Indian journal of veterinary science and animal husbandry - Volumes 15-17, 1948-1951
Year: 1948
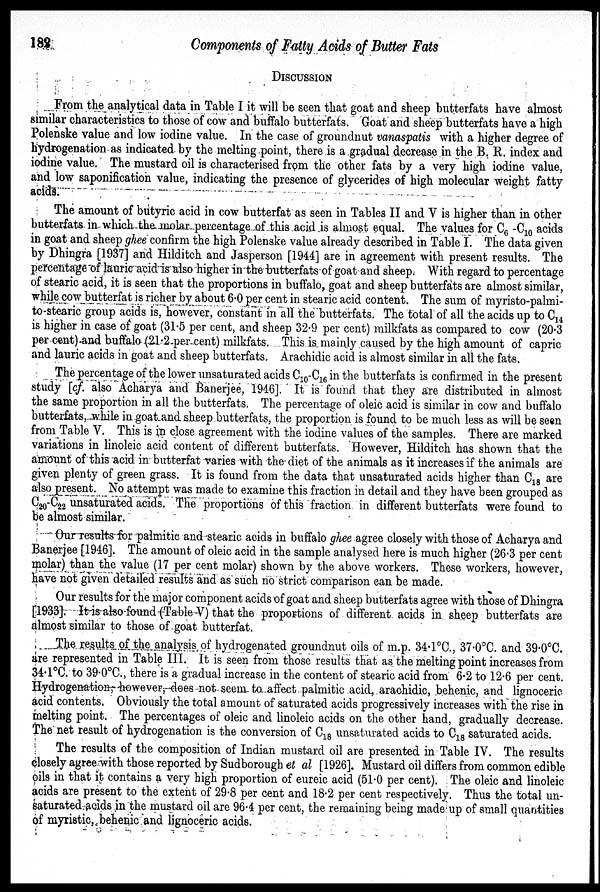
182
Components of Fatty Acids of Butter Fats
DISCUSSION
From the analytical data in Table I it will be seen that goat and sheep butterfats have almost
similar characteristics to those of cow and buffalo butterfats. Goat and sheep butterfats have a high
Polenske value and low iodine value. In the case of groundnut vanaspatis with a higher degree of
hydrogenation as indicated by the melting point, there is a gradual decrease in the B. R. index and
iodine value. The mustard oil is characterised from the other fats by a very high iodine value,
and low saponification value, indicating the presence of glycerides of high molecular weight fatty
acids.
The amount of butyric acid in cow butterfat as seen in Tables II and V is higher than in other
butterfats in which the molar percentage of this acid is almost equal. The values for C 6 C 10 acids
in goat and sheep ghee confirm the high Polenske value already described in Table I. The data given
by Dhingra [1937] and Hilditch and Jasperson [1944] are in agreement with present results. The
percentage of lauric acid is also higher in the butterfats of goat and sheep. With regard to percentage
of stearic acid, it is seen that the proportions in buffalo, goat and sheep butterfats are almost similar,
while cow butterfat is richer by about 6.0 per cent in stearic acid content. The sum of myristo-palmi-
to-stearic group acids is, however, constant in all the butterfats. The total of all the acids up to C 14
is higher in case of goat (31.5 per cent, and sheep 32.9 per cent) milkfats as compared to cow (20.3
per cent) and buffalo (21.2 per cent) milkfats. This is mainly caused by the high amount of capric
and lauric acids in goat and sheep butterfats. Arachidic acid is almost similar in all the fats.
The percentage of the lower unsaturated acids C 10 -C 16 in the butterfats is confirmed in the present
study [cf. also Acharya and Banerjee, 1946]. It is found that they are distributed in almost
the same proportion in all the butterfats. The percentage of oleic acid is similar in cow and buffalo
butterfats, while in goat and sheep butterfats, the proportion is found to be much less as will be seen
from Table V. This is in close agreement with the iodine values of the samples. There are marked
variations in linoleic acid content of different butterfats. However, Hilditch has shown that the
amount of this acid in butterfat varies with the diet of the animals as it increases if the animals are
given plenty of green grass. It is found from the data that unsaturated acids higher than C 18 are
also present. No attempt was made to examine this fraction in detail and they have been grouped as
C 20 -C 22 unsaturated acids. The proportions of this fraction in different butterfats were found to
be almost similar.
Our results for palmitic and stearic acids in buffalo ghee agree closely with those of Acharya and
Banerjee [1946]. The amount of oleic acid in the sample analysed here is much higher (26.3 per cent
molar) than the value (17 per cent molar) shown by the above workers. These workers, however,
have not given detailed results and as such no strict comparison can be made.
Our results for the major component acids of goat and sheep butterfats agree with those of Dhingra
[1933]. It is also found (Table V) that the proportions of different acids in sheep butterfats are
almost similar to those of goat butterfat.
The results of the analysis of hydrogenated groundnut oils of m.p. 34.1ºC., 37.0 o C. and 39.0ºC.
are represented in Table III. It is seen from those results that as the melting point increases from
34.1ºC. to 39.0ºC., there is a gradual increase in the content of stearic acid from 6.2 to 12.6 per cent.
Hydrogenation, however, does not seem to affect palmitic acid, arachidic, behenic, and lignoceric
acid contents. Obviously the total amount of saturated acids progressively increases with the rise in
melting point. The percentages of oleic and linoleic acids on the other hand, gradually decrease.
The net result of hydrogenation is the conversion of C 18 unsaturated acids to C 18 saturated acids.
The results of the composition of Indian mustard oil are presented in Table IV. The results
closely agree with those reported by Sudborough et al [1926]. Mustard oil differs from common edible
oils in that it contains a very high proportion of eureic acid (51.0 per cent). The oleic and linoleic
acids are present to the extent of 29.8 per cent and 18.2 per cent respectively. Thus the total un-
saturated acids in the mustard oil are 96.4 per cent, the remaining being made up of small quantities
of myristic, behenic and lignoceric acids.